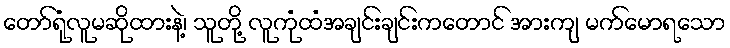
တော်ရုံလူမဆိုထားနဲ့၊ သူတို့ လူကုံထံအချင်းချင်းကတောင် အားကျ မက်မောရသော